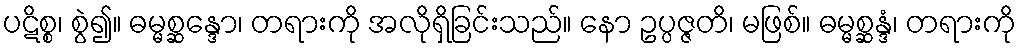
ပဋိစ္စ၊ စွဲ၍။ ဓမ္မစ္ဆန္ဒော၊ တရားကို အလိုရှိခြင်းသည်။ နော ဥပ္ပဇ္ဇတိ၊ မဖြစ်။ ဓမ္မစ္ဆန္ဒံ၊ တရားကို